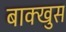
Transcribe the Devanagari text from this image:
बाक्खुस